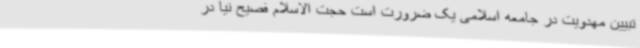
تبیین مهدویت در جامعه اسلامی یک ضرورت است حجت الاسلام فصیح نیا در